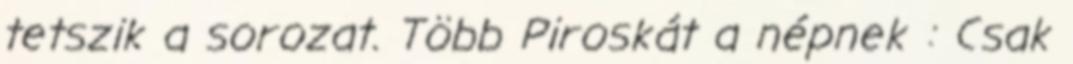
tetszik a sorozat. Több Piroskát a népnek : Csak